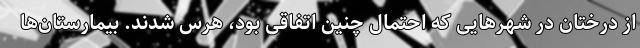
از درختان در شهرهایی که احتمال چنین اتفاقی بود، هرس شدند. بیمارستان‌ها